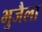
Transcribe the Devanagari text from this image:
भुजैला